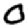
Digit: 0